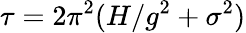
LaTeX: \tau=2\pi^{2}(H/g^{2}+\sigma^{2})